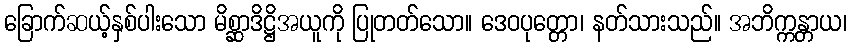
ခြောက်ဆယ့်နှစ်ပါးသော မိစ္ဆာဒိဋ္ဌိအယူကို ပြုတတ်သော။ ဒေဝပုတ္တော၊ နတ်သားသည်။ အဘိက္ကန္တာယ၊